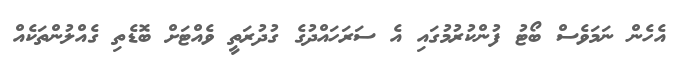
އެހެން ނަމަވެސް ބޯޓު ފުންކުރުމުގައި އެ ސަރަހައްދުގެ ގުދުރަތީ ވެއްޓަށް ބޮޑެތި ގެއްލުންތަކެއް